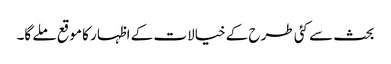
بحث سے کئی طرح کے خیالات کے اظہار کا موقع ملے گا۔